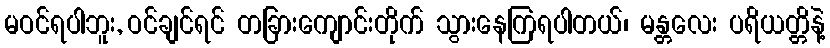
မဝင်ရပါဘူး, ဝင်ချင်ရင် တခြားကျောင်းတိုက် သွားနေကြရပါတယ်၊ မန္တလေး ပရိယတ္တိနဲ့